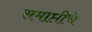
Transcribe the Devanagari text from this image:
समाप्तीचे